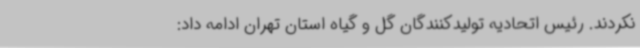
نکردند. رئیس اتحادیه تولیدکنندگان گل و گیاه استان تهران ادامه داد: